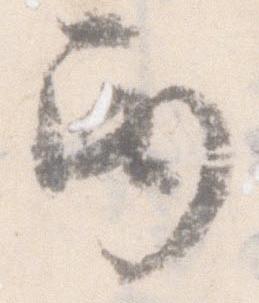
巻